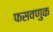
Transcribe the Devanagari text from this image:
फसवणुक